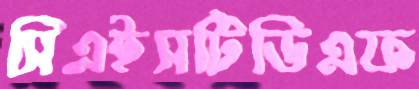
সিএইসটিডিএফ